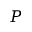
P